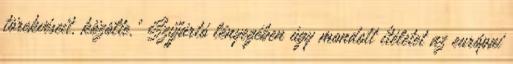
törekvéseit, közölte.” Szijjártó lényegében úgy mondott ítéletet az európai